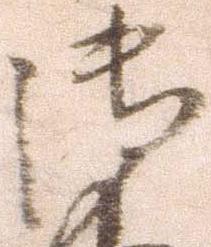
御